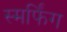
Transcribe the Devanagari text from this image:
स्मर्फिंग